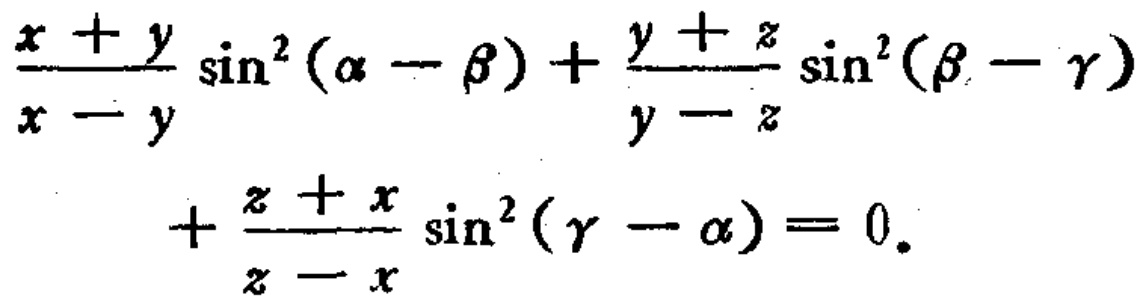
\(\frac{x + y}{x - y} \sin^{2}(\alpha - \beta) + \frac{y + z}{y - z} \sin^{2}(\beta - \gamma) + \frac{z + x}{z - x} \sin^{2}(\gamma - \alpha) = 0\)